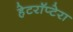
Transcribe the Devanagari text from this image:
हेटरॉप्टेरा